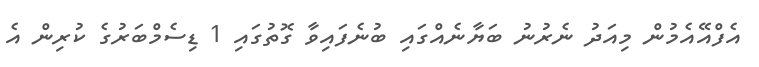
އެފްއޭއެމުން މިއަދު ނެރުނު ބަޔާނެއްގައި ބުނެފައިވާ ގޮތުގައި 1 ޑިސެމްބަރުގެ ކުރިން އެ